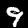
Digit: 9